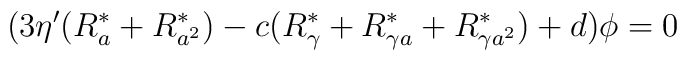
(3\eta^\prime(R^\ast_a+R^\ast_{a^2})-c(R^\ast_\gamma+R^\ast_{\gamma a}+R^\ast_{\gamma a^2})     +d)\phi=0